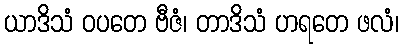
ယာဒိသံ ဝပတေ ဗီဇံ၊ တာဒိသံ ဟရတေ ဖလံ၊